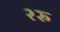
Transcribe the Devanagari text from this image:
२रु